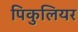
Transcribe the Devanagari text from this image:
पिकुलियर